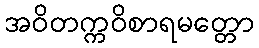
အဝိတက္ကဝိစာရမတ္တော